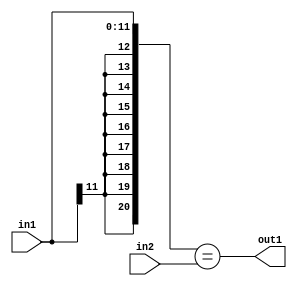
`timescale 1ps / 1ps
/*****************************************************************************
    Verilog RTL Description
    
    
    Created by: Stratus DpOpt 2019.1.01 
*******************************************************************************/

module st_feature_addr_gen_Equal_16Ux12S_1U_4_4 (
	in2,
	in1,
	out1
	); /* architecture "behavioural" */ 
input [15:0] in2;
input [11:0] in1;
output  out1;
wire  asc001;

assign asc001 = ({{9{in1[11]}}, in1}==in2);

assign out1 = asc001;
endmodule

/* CADENCE  ubL5TQs= : u9/ySgnWtBlWxVPRXgAZ4Og= ** DO NOT EDIT THIS LINE ******/